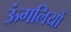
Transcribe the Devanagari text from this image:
ऊंगलियों